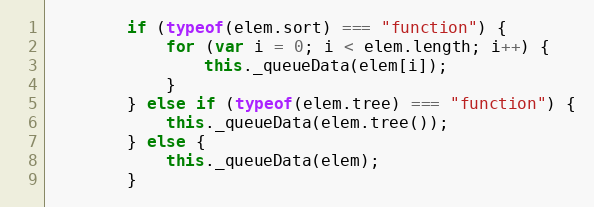
Language: JavaScript
        if (typeof(elem.sort) === "function") {
            for (var i = 0; i < elem.length; i++) {
                this._queueData(elem[i]);
            }
        } else if (typeof(elem.tree) === "function") {
            this._queueData(elem.tree());
        } else {
            this._queueData(elem);
        }